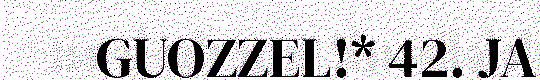
GUOZZEL!* 42. JA